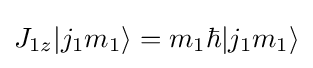
J_{1z}|j_{1}m_{1}\rangle =m_{1}\hbar |j_{1}m_{1}\rangle